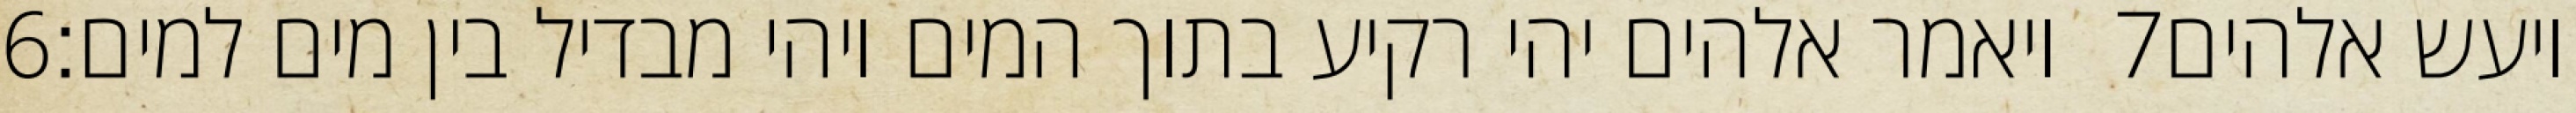
‎6‏ ויאמר אלהים יהי רקיע בתוך המים ויהי מבדיל בין מים למים׃ ‎7‏ ויעש אלהים